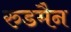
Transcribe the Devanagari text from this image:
रुडमैन